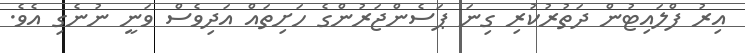
އިރު ފްލައިޓުން ދަތުރުކުރި ގިނަ ޕަސެންޖަރުންގެ ހަށިތައް އަދިވެސް ވަނީ ނުނެގި އެވެ.